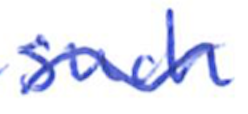
Text: such
Cross-out: wave
Writing tool: ballpoint